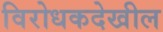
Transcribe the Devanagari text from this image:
विरोधकदेखील